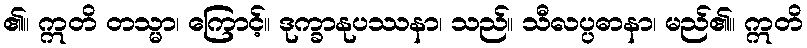
၏။ ဣတိ တသ္မာ၊ ကြောင့်။ ဒုက္ခာနုပဿနာ၊ သည်။ သီလပ္ပဓာနာ၊ မည်၏။ ဣတိ